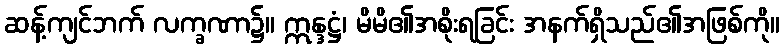
ဆန့်ကျင်ဘက် လက္ခဏာ၌။ ဣန္ဒဋ္ဌံ၊ မိမိ၏အစိုးရခြင်း အနက်ရှိသည်၏အဖြစ်ကို။